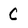
Character: C